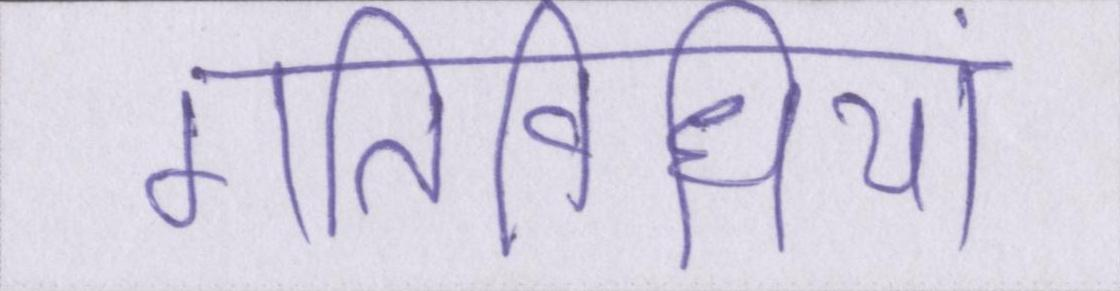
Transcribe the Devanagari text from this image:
गतिविधियां